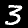
Digit: 3